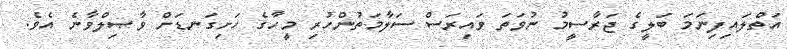
އަތްލައިފިނަމަ ބަލީގެ ޖަރާސީމު ނުވަތަ ވައިރަސް ސަލާމަތުންހުރި މީހާގެ ހަށިގަނޑަށް ވާޞިލްވާނެ އެވެ.